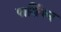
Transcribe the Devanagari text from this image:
पार्शियन